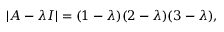
| A - \lambda I | = ( 1 - \lambda ) ( 2 - \lambda ) ( 3 - \lambda ) ,